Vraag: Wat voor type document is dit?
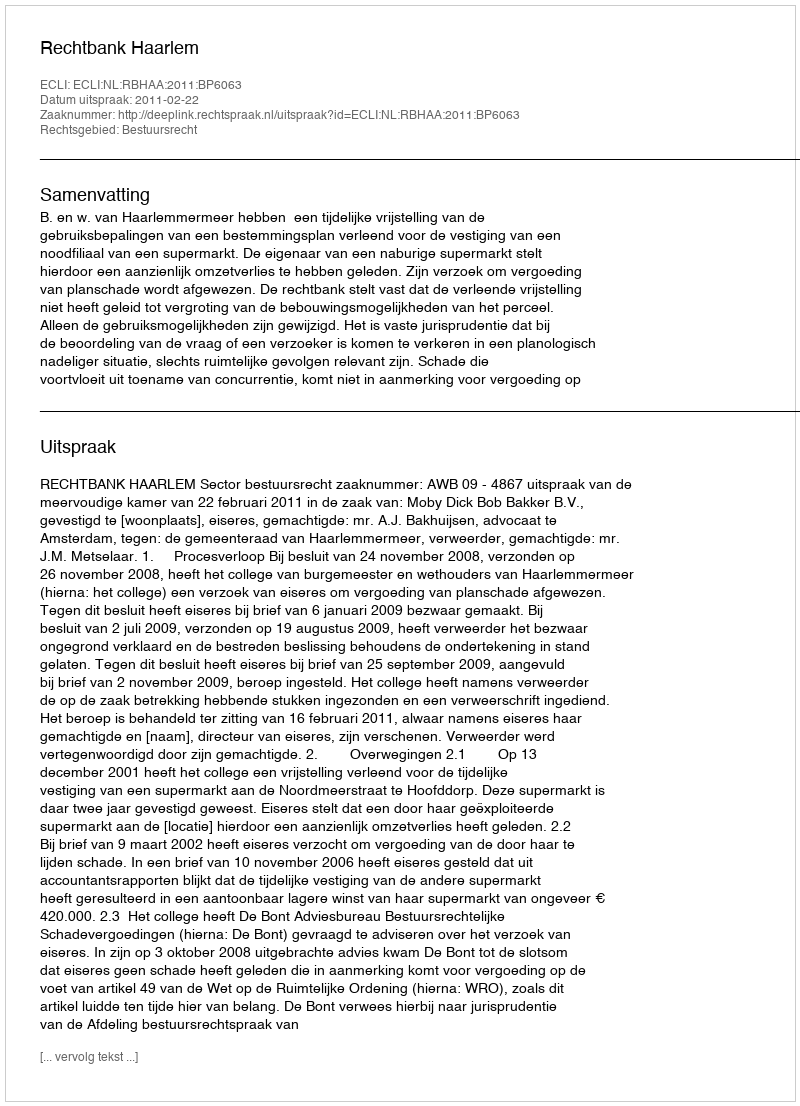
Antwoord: Uitspraak